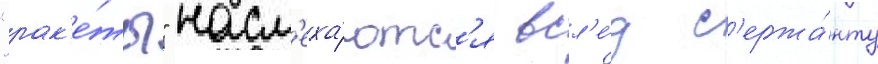
"рак'е́ты" насм'еха́ютс'я всл'е́д с'ержа́нту